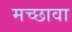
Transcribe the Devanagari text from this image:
मच्छावा